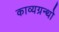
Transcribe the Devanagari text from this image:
काव्यग्रन्थो